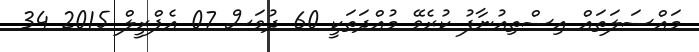
މައްސަލަތައް އިސްތިއުނާފު ކުރެވޭ މުއްދަތަކީ 60 ދުވަސް 07 އެޕްރީލް 2015 34